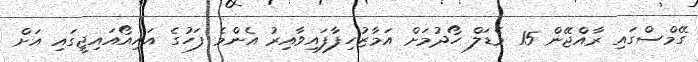
ގޭމްސްގައި ރާއްޖޭން 15 މެޑަލް ހޯދުމަށް އަމާޒުހިފާފައިވާއިރު އެންމެ ފަހުގެ އައިއޯއައިޖީގައި އަށް